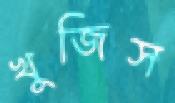
খুজিস